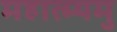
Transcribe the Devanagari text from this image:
महात्म्यमु